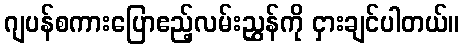
ဂျပန်စကားပြောဧည့်လမ်းညွှန်ကို ငှားချင်ပါတယ်။